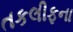
તકલીફના